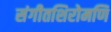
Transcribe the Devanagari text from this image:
संगीतशिरोमणि